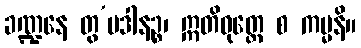
ခဏ္ဍနေ တွ’ပဒါနဉ္စ၊ ဣတိဝုတ္တေ စ ကမ္မနိ။